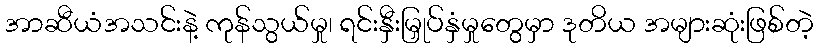
အာဆီယံအသင်းနဲ့ ကုန်သွယ်မှု၊ ရင်းနှီးမြှုပ်နှံမှုတွေမှာ ဒုတိယ အများဆုံးဖြစ်တဲ့